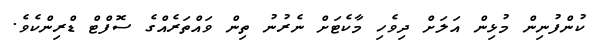
ކުންފުނިން މުޅިން އަލަށް ދިވެހި މާކެޓަށް ނެރުނު ތިން ވައްތަރެއްގެ ސޮފްޓް ޑްރިންކެވެ.